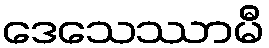
ဒေသေဿာမီ